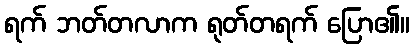
ရက် ဘတ်တလာက ရုတ်တရက် ပြော၏။